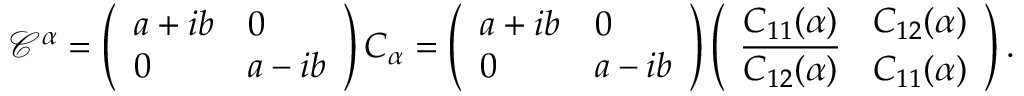
\begin{array} { r } { \mathcal { C } ^ { \alpha } = \left( \begin{array} { l l } { a + i b } & { 0 } \\ { 0 } & { a - i b } \end{array} \right) C _ { \alpha } = \left( \begin{array} { l l } { a + i b } & { 0 } \\ { 0 } & { a - i b } \end{array} \right) \left( \begin{array} { l l } { C _ { 1 1 } ( \alpha ) } & { C _ { 1 2 } ( \alpha ) } \\ { \overline { { C _ { 1 2 } ( \alpha ) } } } & { C _ { 1 1 } ( \alpha ) } \end{array} \right) . } \end{array}